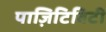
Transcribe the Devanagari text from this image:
पाज़िटिविटी